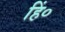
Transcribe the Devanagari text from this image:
हिं०